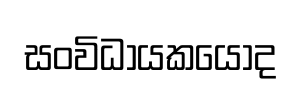
සංවිධායකයෝද